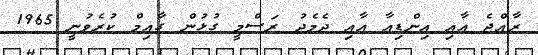
ރާއްޖެ އާއި އިންޑިއާ އާއި ދެމެދު ރަސްމީ ގުޅުން ގާއިމް ކުރެވުނީ 1965